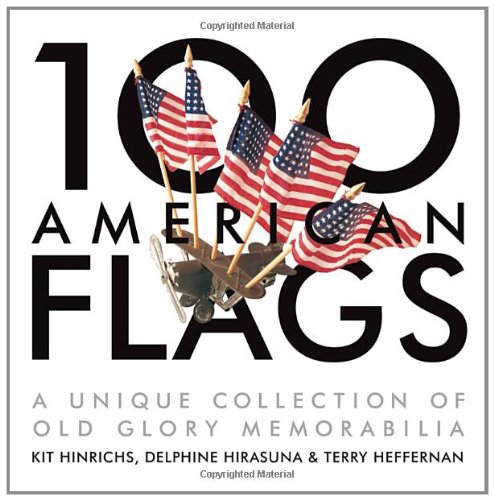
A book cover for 100 American Flags: A Unique Collection of Old Glory Memorabilia (The Collector's Eye); Kit Hinrichs; Crafts, Hobbies & Home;